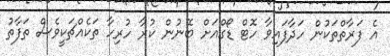
އެ ފަރާތްތަކުން ހަދާފައިވާ ހޮޓް ޑޯގްއަށް ބޭނުން ކުރާ ހުރިހާ ތަކެއްޗަކީވެސް ތަފާތު